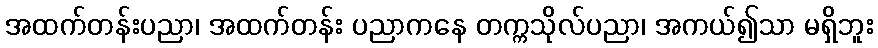
အထက်တန်းပညာ၊ အထက်တန်း ပညာကနေ တက္ကသိုလ်ပညာ၊ အကယ်၍သာ မရှိဘူး